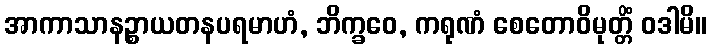
အာကာသာနဉ္စာယတနပရမာဟံ, ဘိက္ခဝေ, ကရုဏံ စေတောဝိမုတ္တိံ ဝဒါမိ။